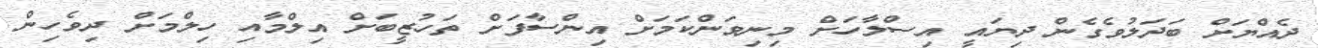
ދެއްޔަށް ބަދަލުވެގެން ދިޔައީ އިސްލާހަށް މިނިވަންކަމަށް އިންސާފަށް ތަހުޒީބަށް އިލްމާއި ހިލްމަށް ދިވެހިން